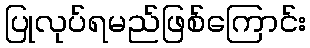
ပြုလုပ်ရမည်ဖြစ်ကြောင်း